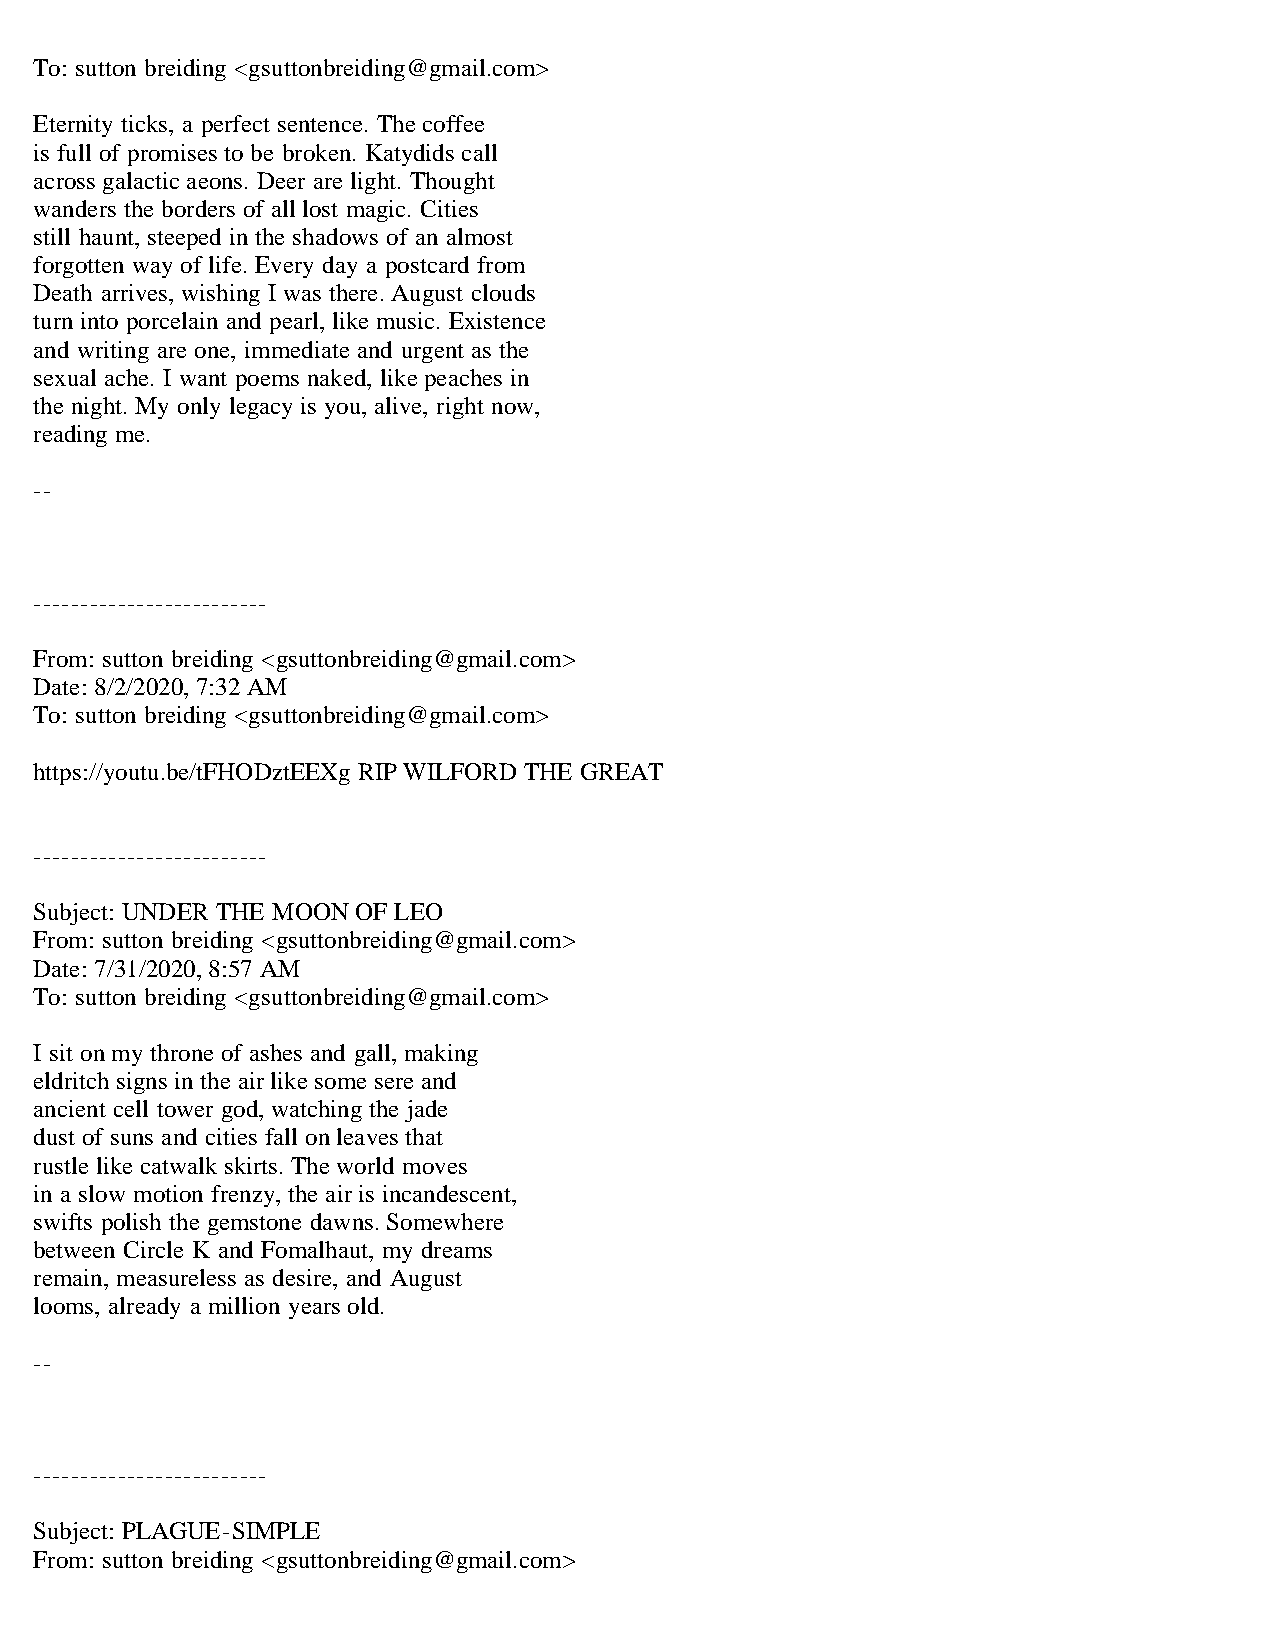
To: sutton breiding <gsuttonbreiding@gmail.com>
 Eternity ticks, a perfect sentence. The coffee
 is full of promises to be broken. Katydids call
 across galactic aeons. Deer are light. Thought
 wanders the borders of all lost magic. Cities
 still haunt, steeped in the shadows of an almost
 forgotten way of life. Every day a postcard from
 Death arrives, wishing I was there. August clouds
 turn into porcelain and pearl, like music. Existence
 and writing are one, immediate and urgent as the
 sexual ache. I want poems naked, like peaches in
 the night. My only legacy is you, alive, right now,
 reading me.
 --
 -------------------------
 From: sutton breiding <gsuttonbreiding@gmail.com>
 Date: 8/2/2020, 7:32 AM
 To: sutton breiding <gsuttonbreiding@gmail.com>
 https://youtu.be/tFHODztEEXg RIP WILFORD THE GREAT
 -------------------------
 Subject: UNDER THE MOON OF LEO
 From: sutton breiding <gsuttonbreiding@gmail.com>
 Date: 7/31/2020, 8:57 AM
 To: sutton breiding <gsuttonbreiding@gmail.com>
 I sit on my throne of ashes and gall, making
 eldritch signs in the air like some sere and
 ancient cell tower god, watching the jade
 dust of suns and cities fall on leaves that
 rustle like catwalk skirts. The world moves
 in a slow motion frenzy, the air is incandescent,
 swifts polish the gemstone dawns. Somewhere
 between Circle K and Fomalhaut, my dreams
 remain, measureless as desire, and August
 looms, already a million years old.
 --
 -------------------------
 Subject: PLAGUE-SIMPLE
 From: sutton breiding <gsuttonbreiding@gmail.com>